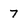
Character: 7